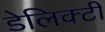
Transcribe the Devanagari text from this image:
डेलिक्टी